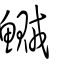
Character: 鱡